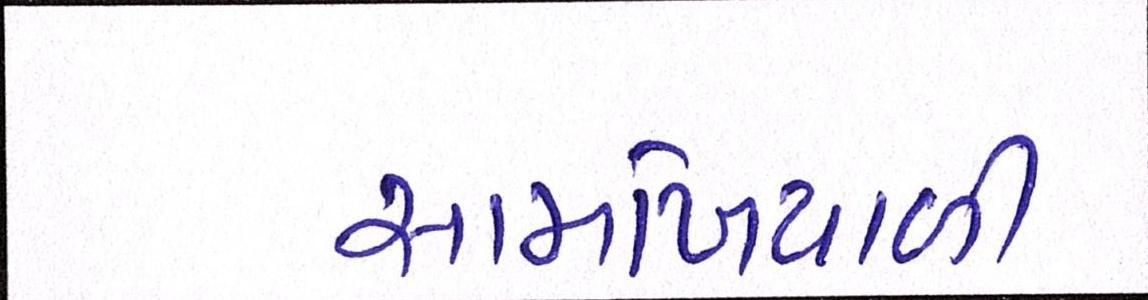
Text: સામખિયાળી